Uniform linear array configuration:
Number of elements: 16
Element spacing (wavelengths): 0.75
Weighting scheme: exponential
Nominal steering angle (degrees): -60
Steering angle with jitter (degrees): -58.681
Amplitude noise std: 0.05
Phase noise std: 0.05

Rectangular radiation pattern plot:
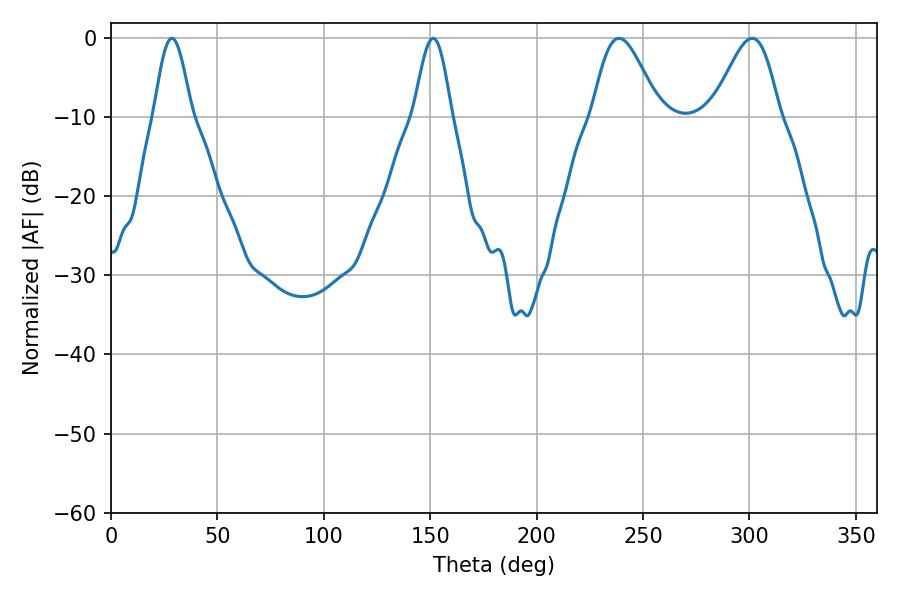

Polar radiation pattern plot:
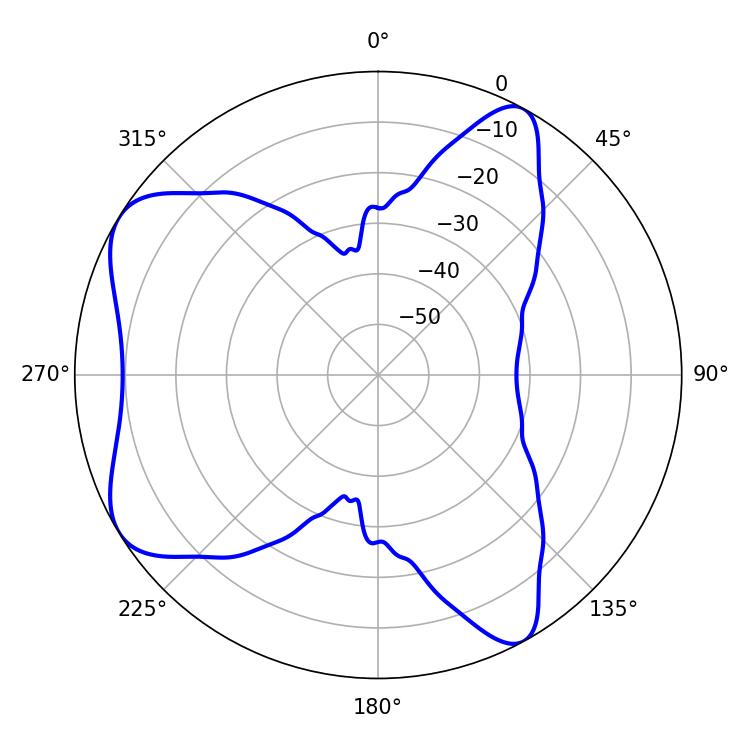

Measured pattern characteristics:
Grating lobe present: TRUE
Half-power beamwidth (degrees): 9.54
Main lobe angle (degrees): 28.62